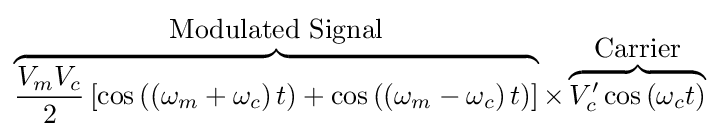
\overbrace {{\frac {V_{m}V_{c}}{2}}\left[\cos \left(\left(\omega _{m}+\omega _{c}\right)t\right)+\cos \left(\left(\omega _{m}-\omega _{c}\right)t\right)\right]} ^{\mbox{Modulated Signal}}\times \overbrace {V'_{c}\cos \left(\omega _{c}t\right)} ^{\mbox{Carrier}}